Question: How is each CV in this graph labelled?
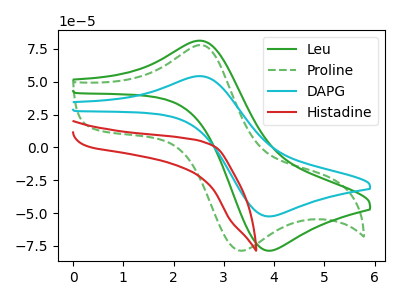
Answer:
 <answer>The green curve is labeled "Leu". The green dashed curve is labeled "Proline". The cyan curve is labeled "DAPG". The red curve is labeled "Histadine".</answer>
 <eval></eval>